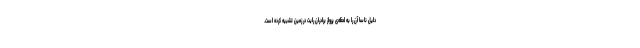
دلیل ناسا آن را به لحظه‌ی پرواز برادران رایت در زمین تشبیه کرده است.